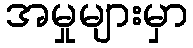
အမှုများမှာ